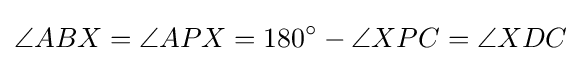
\angle ABX=\angle APX=180^{\circ }-\angle XPC=\angle XDC